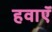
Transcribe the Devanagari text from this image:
हवाऍ